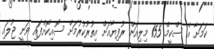
ކަމަށާ އެ ސްކީމް 155 މިލިއަން ރުފިޔާއަށް އިތުރުކުރުމަށް ސޮއިކޮށްފައި ވަނީ ޖުލައި